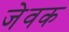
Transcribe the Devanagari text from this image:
जेवक